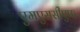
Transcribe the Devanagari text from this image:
एमएससीएफ